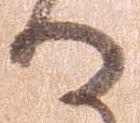
る